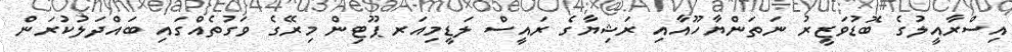
އިސްރާއީލުގެ ބޮޑުވަޒީރު ނަތަންޔާހޫއާއި ރަޝިޔާގެ ރައީސް ލަޑީމިއަރ ޕޫޓިން މިރޭގެ ވަގުތެއްގައި ބައްދަލުކުރަން